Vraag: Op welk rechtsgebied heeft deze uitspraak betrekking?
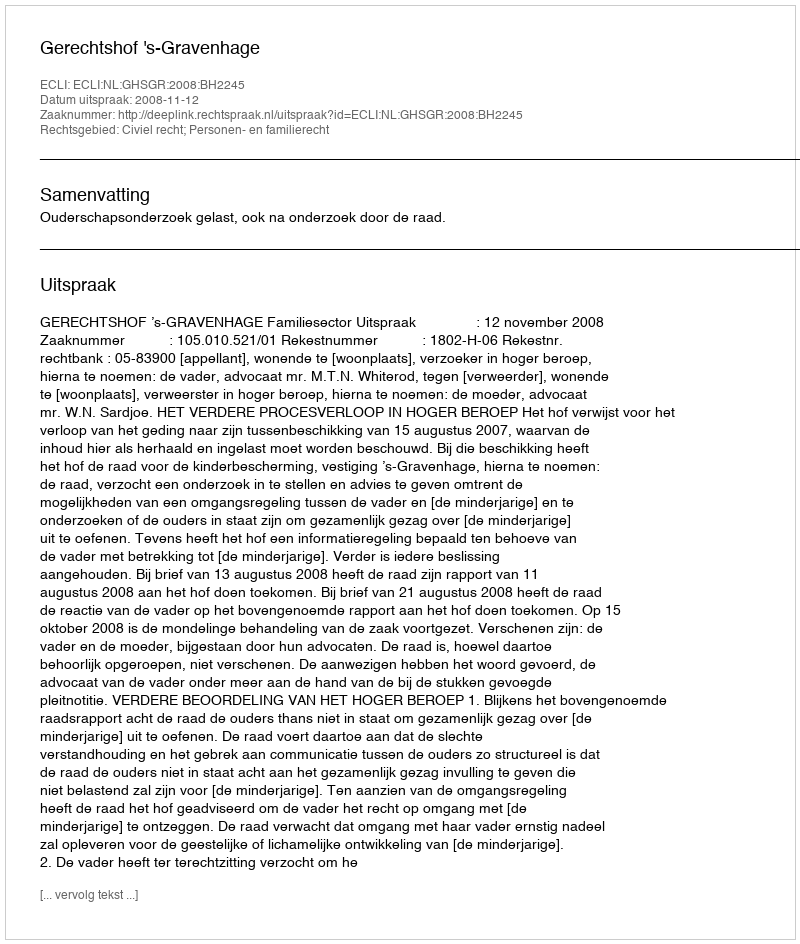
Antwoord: Civiel recht; Personen- en familierecht